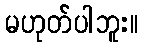
မဟုတ်ပါဘူး။